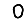
Digit: 0